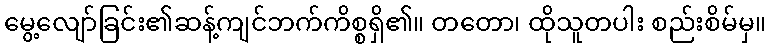
မွေ့လျော်ခြင်း၏ဆန့်ကျင်ဘက်ကိစ္စရှိ၏။ တတော၊ ထိုသူတပါး စည်းစိမ်မှ။